Annual report on the Civil Veterinary Department, Burma (including the Insein Veterinary School) - 1923-1931
Year: 1923
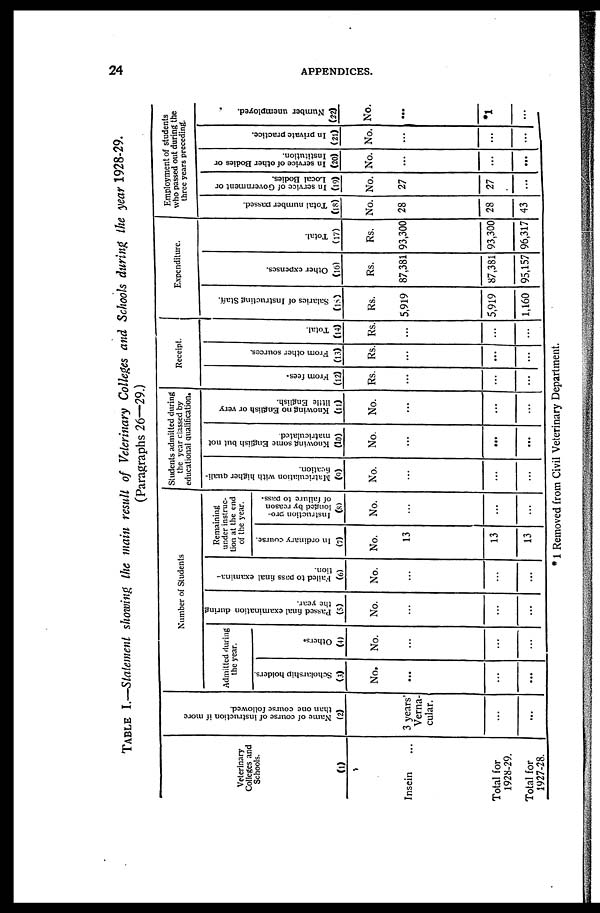
24
APPENDICES.
TABLE 1.—Statement showing the main result of Veterinary Colleges and Schools during the year 1928-29.
(Paragraphs 26—29.)
Veterinary
Colleges and
Schools.
(1)
Insein ...
Total for
1928-29.
Total for
1927-28.
Name of course of instruction if more
than one course followed.
(2)
3 years'
Verna-
cular.
...
...
Number of Students
Admitted during
the year.
Scholarship holders.
(3)
No.
...
...
...
Others.
(4)
No.
...
...
...
Passed final examination during
the year.
(5)
No.
...
...
...
Failed to pass final examina-
tion.
(6)
No.
...
...
...
Remaining
under instruc-
tion at the end
of the year.
In ordinary course.
(7)
No.
13
13
13
Instruction pro-
longed by reason
of failure to pass.
(8)
No.
...
...
...
Students admitted during
the year classed by
educational qualification.
Matriculation with higher quali-
fication.
(9)
No.
...
...
...
Knowing some English but not
matriculated.
(10)
No.
...
...
...
Knowing no English or very
little English.
(11)
No.
...
...
...
Receipt.
From fees.
(12)
Rs.
...
...
...
From other sources.
(13)
Rs.
...
...
...
Total.
(14)
Rs.
...
...
...
Expenditure.
Salaries of Instructing Staff.
(15)
Rs.
5,919
5,919
1,160
Other expenses.
(16)
Rs.
87,381
87,381
95,157
Total.
(17)
Rs.
93,300
93,300
96,317
Employment of students
who passed out during the
three years preceding.
Total number passed.
(18)
No.
28
28
43
In service of Government or
Local Bodies.
(19)
No.
27
27
...
In service of other Bodies or
Institution.
(20)
No.
...
...
...
In private practice.
(21)
No.
...
...
...
Number unemployed.
(22)
No.
...
*1
...
* 1 Removed from Civil Veterinary Department.